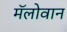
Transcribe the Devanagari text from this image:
मॅलोवान